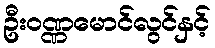
ဦးဝဏ္ဏမောင်လွင်နှင့်